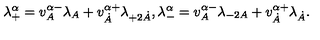
\lambda _ { + } ^ { \alpha } = v _ { A } ^ { \alpha - } \lambda _ { A } + v _ { \dot { A } } ^ { \alpha + } \lambda _ { + 2 \dot { A } } , \lambda _ { - } ^ { \alpha } = v _ { A } ^ { \alpha - } \lambda _ { - 2 A } + v _ { \dot { A } } ^ { \alpha + } \lambda _ { \dot { A } } .